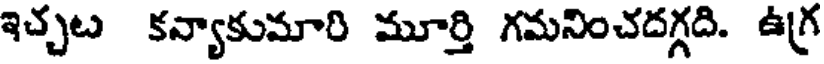
ఇచ్చట కన్యాకుమారి మూర్తి గమనించదగ్గది. ఉగ్ర